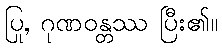
ပြု, ဂုဏဝန္တဿ ပြီး၏။